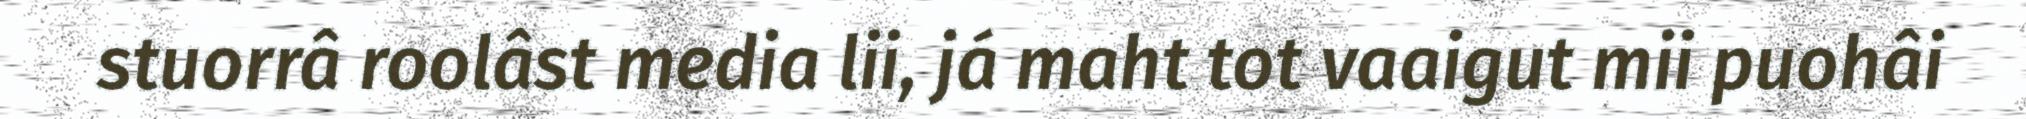
stuorrâ roolâst media lii, já maht tot vaaigut mii puohâi